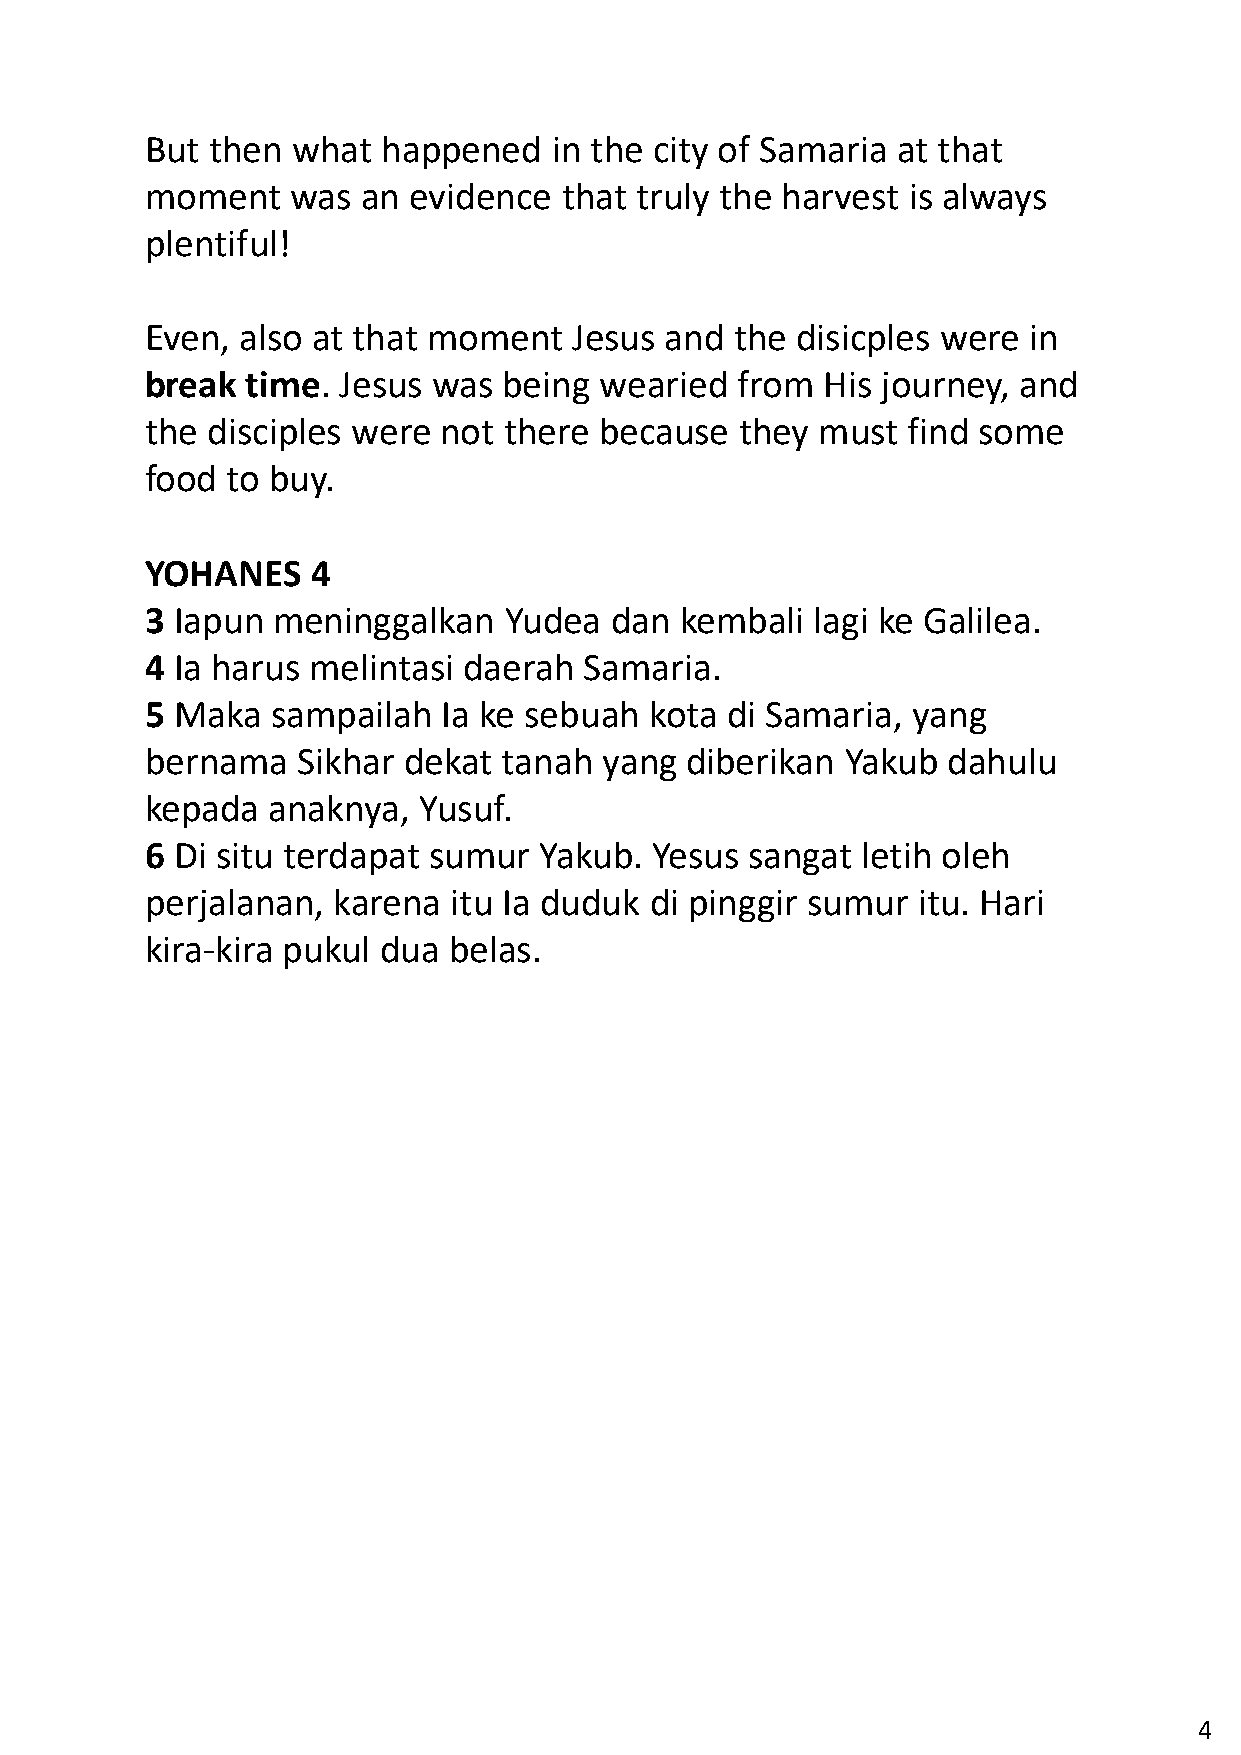
But then what  happened    in the city of Samaria at that
 moment   was  an evidence  that truly the harvest is always
 plentiful!
 Even, also at that moment   Jesus and  the disicples were in
 break time. Jesus  was being  wearied  from His journey, and
 the disciples were not there  because  they must  find some
 food to buy.
 YOHANES    4
 3 Iapun meninggalkan   Yudea  dan  kembali  lagi ke Galilea.
 4 Ia harus melintasi daerah  Samaria.
 5 Maka  sampailah  Ia ke sebuah  kota di Samaria, yang
 bernama   Sikhar dekat tanah  yang diberikan  Yakub  dahulu
 kepada  anaknya,  Yusuf.
 6 Di situ terdapat sumur  Yakub. Yesus  sangat letih oleh
 perjalanan, karena  itu Ia duduk di pinggir sumur  itu. Hari
 kira-kira pukul dua belas.
 4